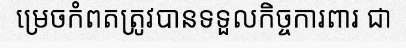
ម្រេចកំពតត្រូវបានទទួលកិច្ចការពារ ជា